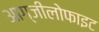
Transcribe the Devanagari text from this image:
आग्जीलोफाइट